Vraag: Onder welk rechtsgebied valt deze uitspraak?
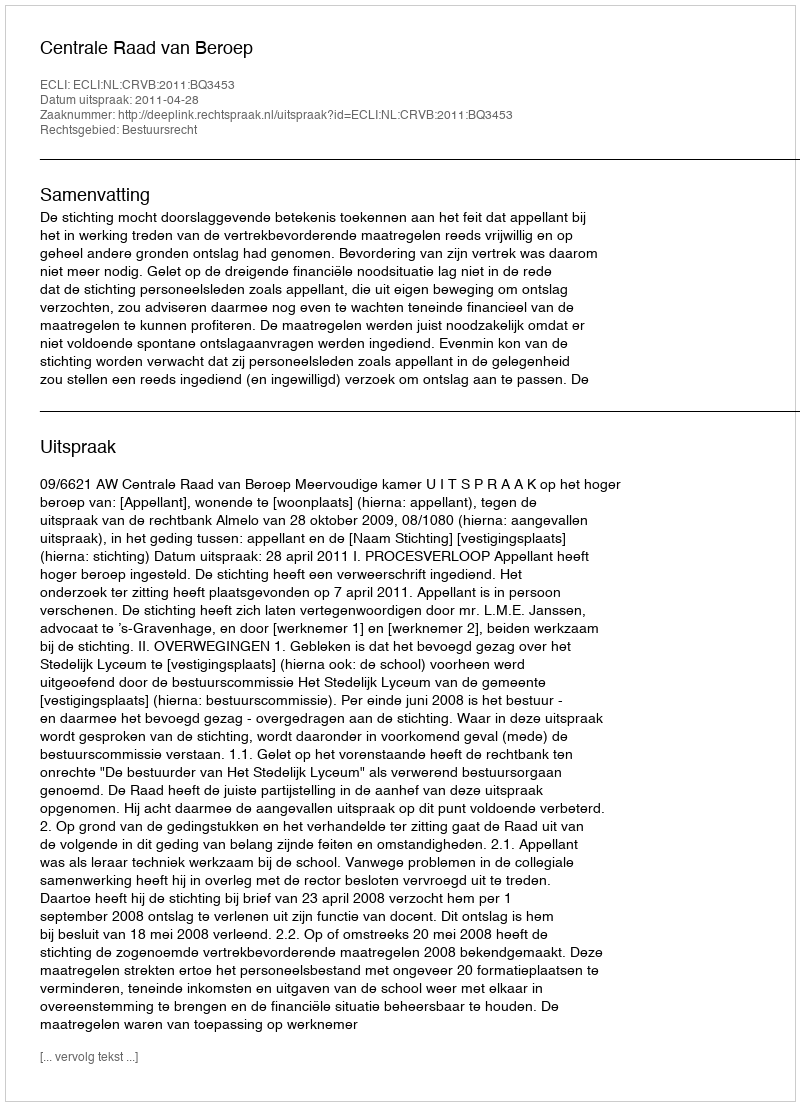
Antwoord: Bestuursrecht